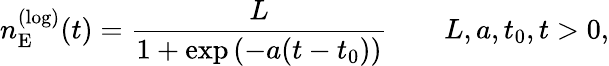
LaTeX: n_{\mathrm{E}}^{(\mathrm{log})}(t)=\frac{L}{1+\exp\left(-a(t-t_{0})\right)}\qquad L,a,t_{0},t>0,